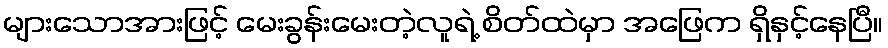
များသောအားဖြင့် မေးခွန်းမေးတဲ့လူရဲ့ စိတ်ထဲမှာ အဖြေက ရှိနှင့်နေပြီ။